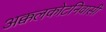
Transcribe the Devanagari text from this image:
अक्कलकोटनिवासी